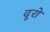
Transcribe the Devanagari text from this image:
दूरो